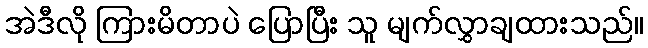
အဲဒီလို ကြားမိတာပဲ ပြောပြီး သူ မျက်လွှာချထားသည်။